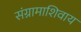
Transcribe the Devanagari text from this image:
संग्रामाशिवाय